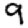
Digit: 9